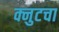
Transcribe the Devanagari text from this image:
क्नुटचा